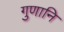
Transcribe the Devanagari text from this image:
गुणानि